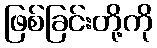
ဖြစ်ခြင်းတို့ကို